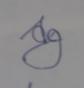
Signature authenticity: forged